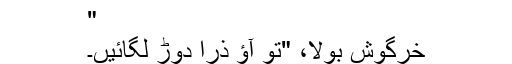
"
خرگوش بولا، "تو آؤ ذرا دوڑ لگائیں۔